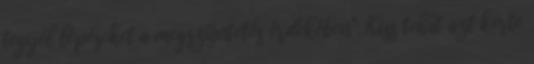
tegyél lépéseket a megszüntetés érdekében". Kiss tehát azt kérte